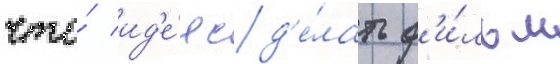
что́ ид'е́я сд'е́лать ф'и́льм